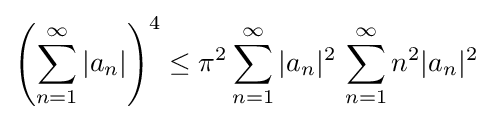
\left(\sum _{n=1}^{\infty }|a_{n}|\right)^{4}\leq \pi ^{2}\sum _{n=1}^{\infty }|a_{n}|^{2}\,\sum _{n=1}^{\infty }n^{2}|a_{n}|^{2}~